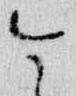
今